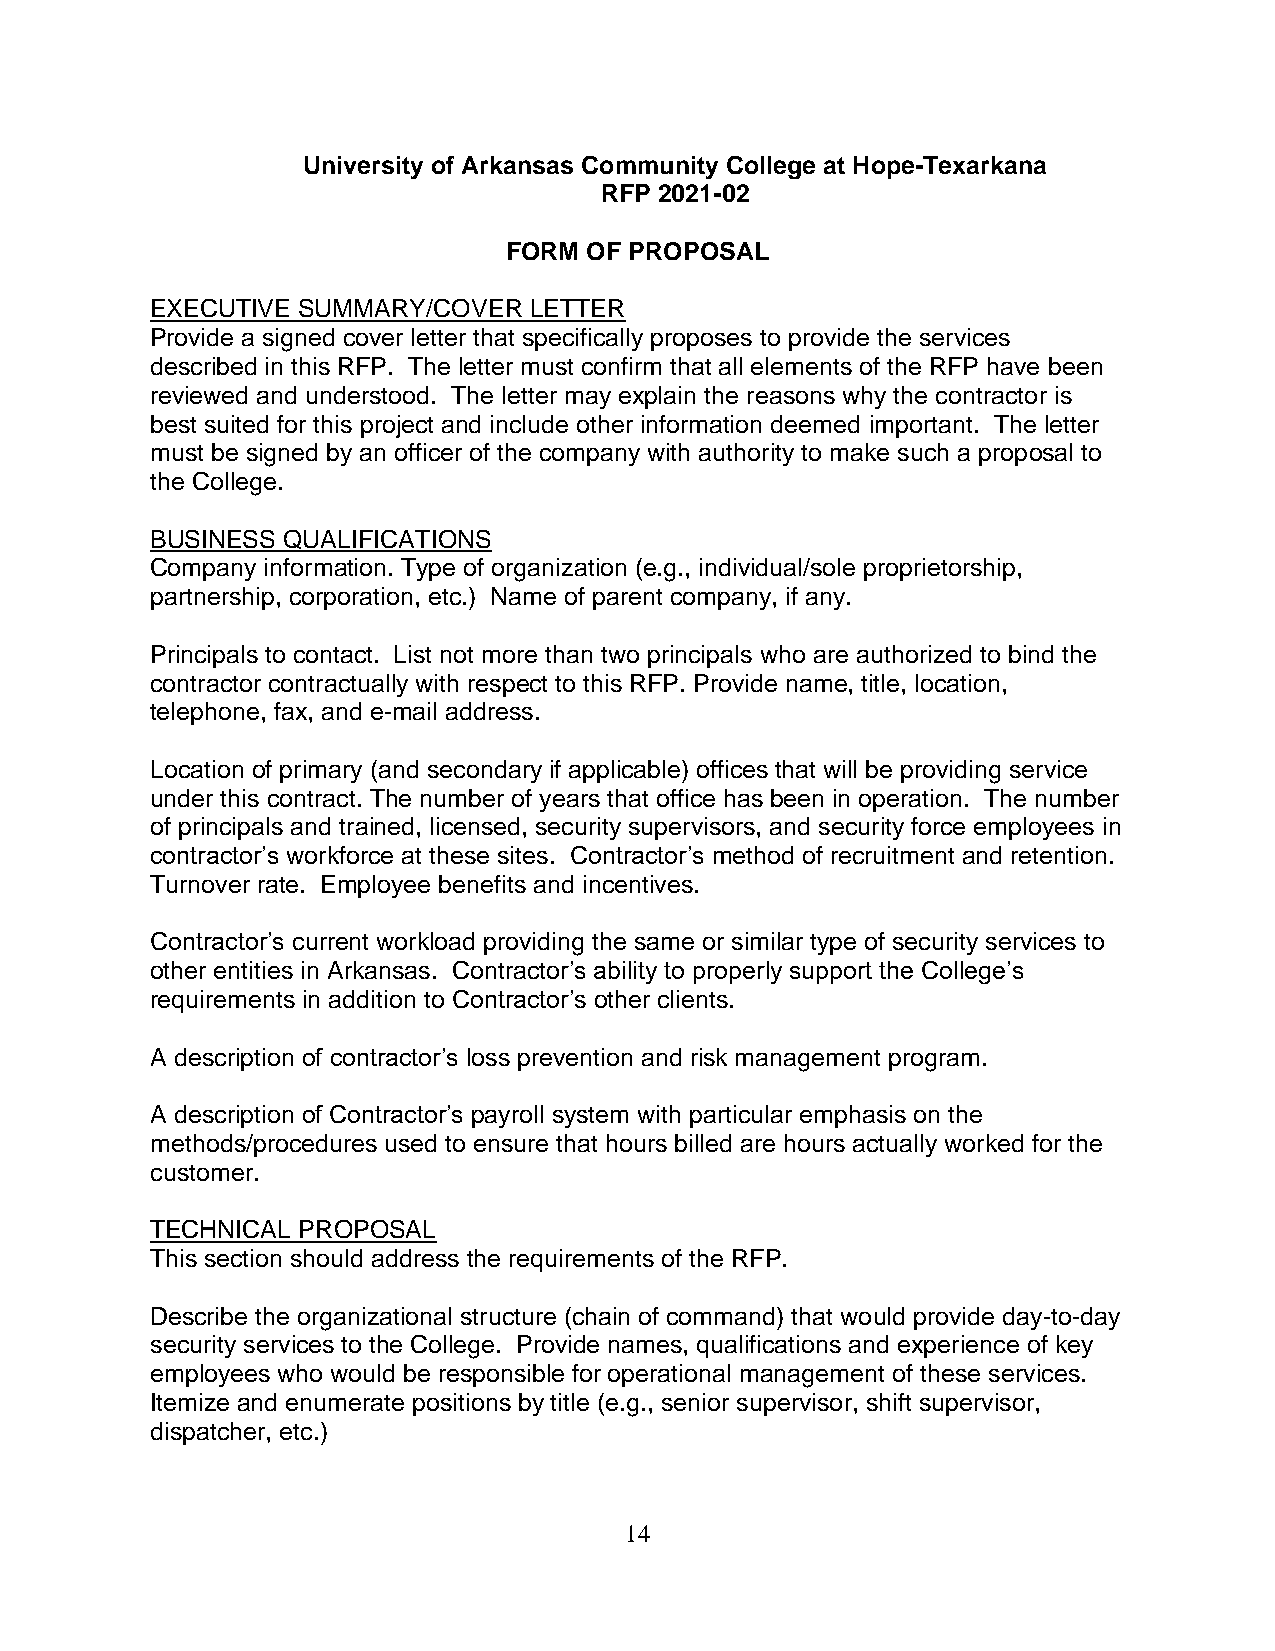
University of Arkansas Community College at Hope-Texarkana
 RFP 2021-02
 FORM OF PROPOSAL
 EXECUTIVE SUMMARY/COVER  LETTER
 Provide a signed cover letter that specifically proposes to provide the services
 described in this RFP. The letter must confirm that all elements of the RFP have been
 reviewed and understood. The letter may explain the reasons why the contractor is
 best suited for this project and include other information deemed important. The letter
 must be signed by an officer of the company with authority to make such a proposal to
 the College.
 BUSINESS QUALIFICATIONS
 Company information. Type of organization (e.g., individual/sole proprietorship,
 partnership, corporation, etc.) Name of parent company, if any.
 Principals to contact. List not more than two principals who are authorized to bind the
 contractor contractually with respect to this RFP. Provide name, title, location,
 telephone, fax, and e-mail address.
 Location of primary (and secondary if applicable) offices that will be providing service
 under this contract. The number of years that office has been in operation. The number
 of principals and trained, licensed, security supervisors, and security force employees in
 contractor’s workforce at these sites. Contractor’s method of recruitment and retention.
 Turnover rate. Employee benefits and incentives.
 Contractor’s current workload providing the same or similar type of security services to
 other entities in Arkansas. Contractor’s ability to properly support the College’s
 requirements in addition to Contractor’s other clients.
 A description of contractor’s loss prevention and risk management program.
 A description of Contractor’s payroll system with particular emphasis on the
 methods/procedures used to ensure that hours billed are hours actually worked for the
 customer.
 TECHNICAL PROPOSAL
 This section should address the requirements of the RFP.
 Describe the organizational structure (chain of command) that would provide day-to-day
 security services to the College. Provide names, qualifications and experience of key
 employees who would be responsible for operational management of these services.
 Itemize and enumerate positions by title (e.g., senior supervisor, shift supervisor,
 dispatcher, etc.)
 14